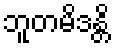
ဘူတမိဒန္တိ